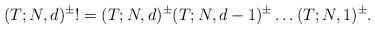
LaTeX: \begin{align*}(T;N,d)^{\pm} ! =(T;N,d)^{\pm} (T;N,d-1)^{\pm} \dots (T;N,1)^{\pm}. \end{align*}